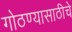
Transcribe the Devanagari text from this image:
गोठण्यासाठीचे